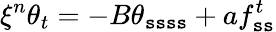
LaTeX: \xi^{n}\theta_{t}=-B\theta_{\mathtt{s}\mathtt{s}\mathtt{s}\mathtt{s}}+af_{\mathtt{s}\mathtt{s}}^{t}